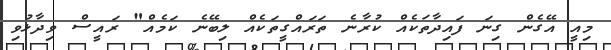
މިއީ އޭގެން ގިނަ ފައިދާތަކެއް ކުރާނެ ތަރައްގީތަކެއް ލިބޭނެ ކަމެއް" ރައީސް ވިދާޅުވި